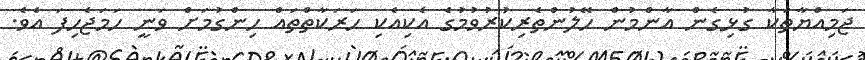
ޖަމިއްޔާތަކާ ގުޅިގެން އާންމުން ހޭލުންތެރިކުރުވުމުގެ އެކިއެކި ހަރަކާތްތައް ހިންގުމަށް ވަނީ ހަމަޖެހިފަ އެވެ.